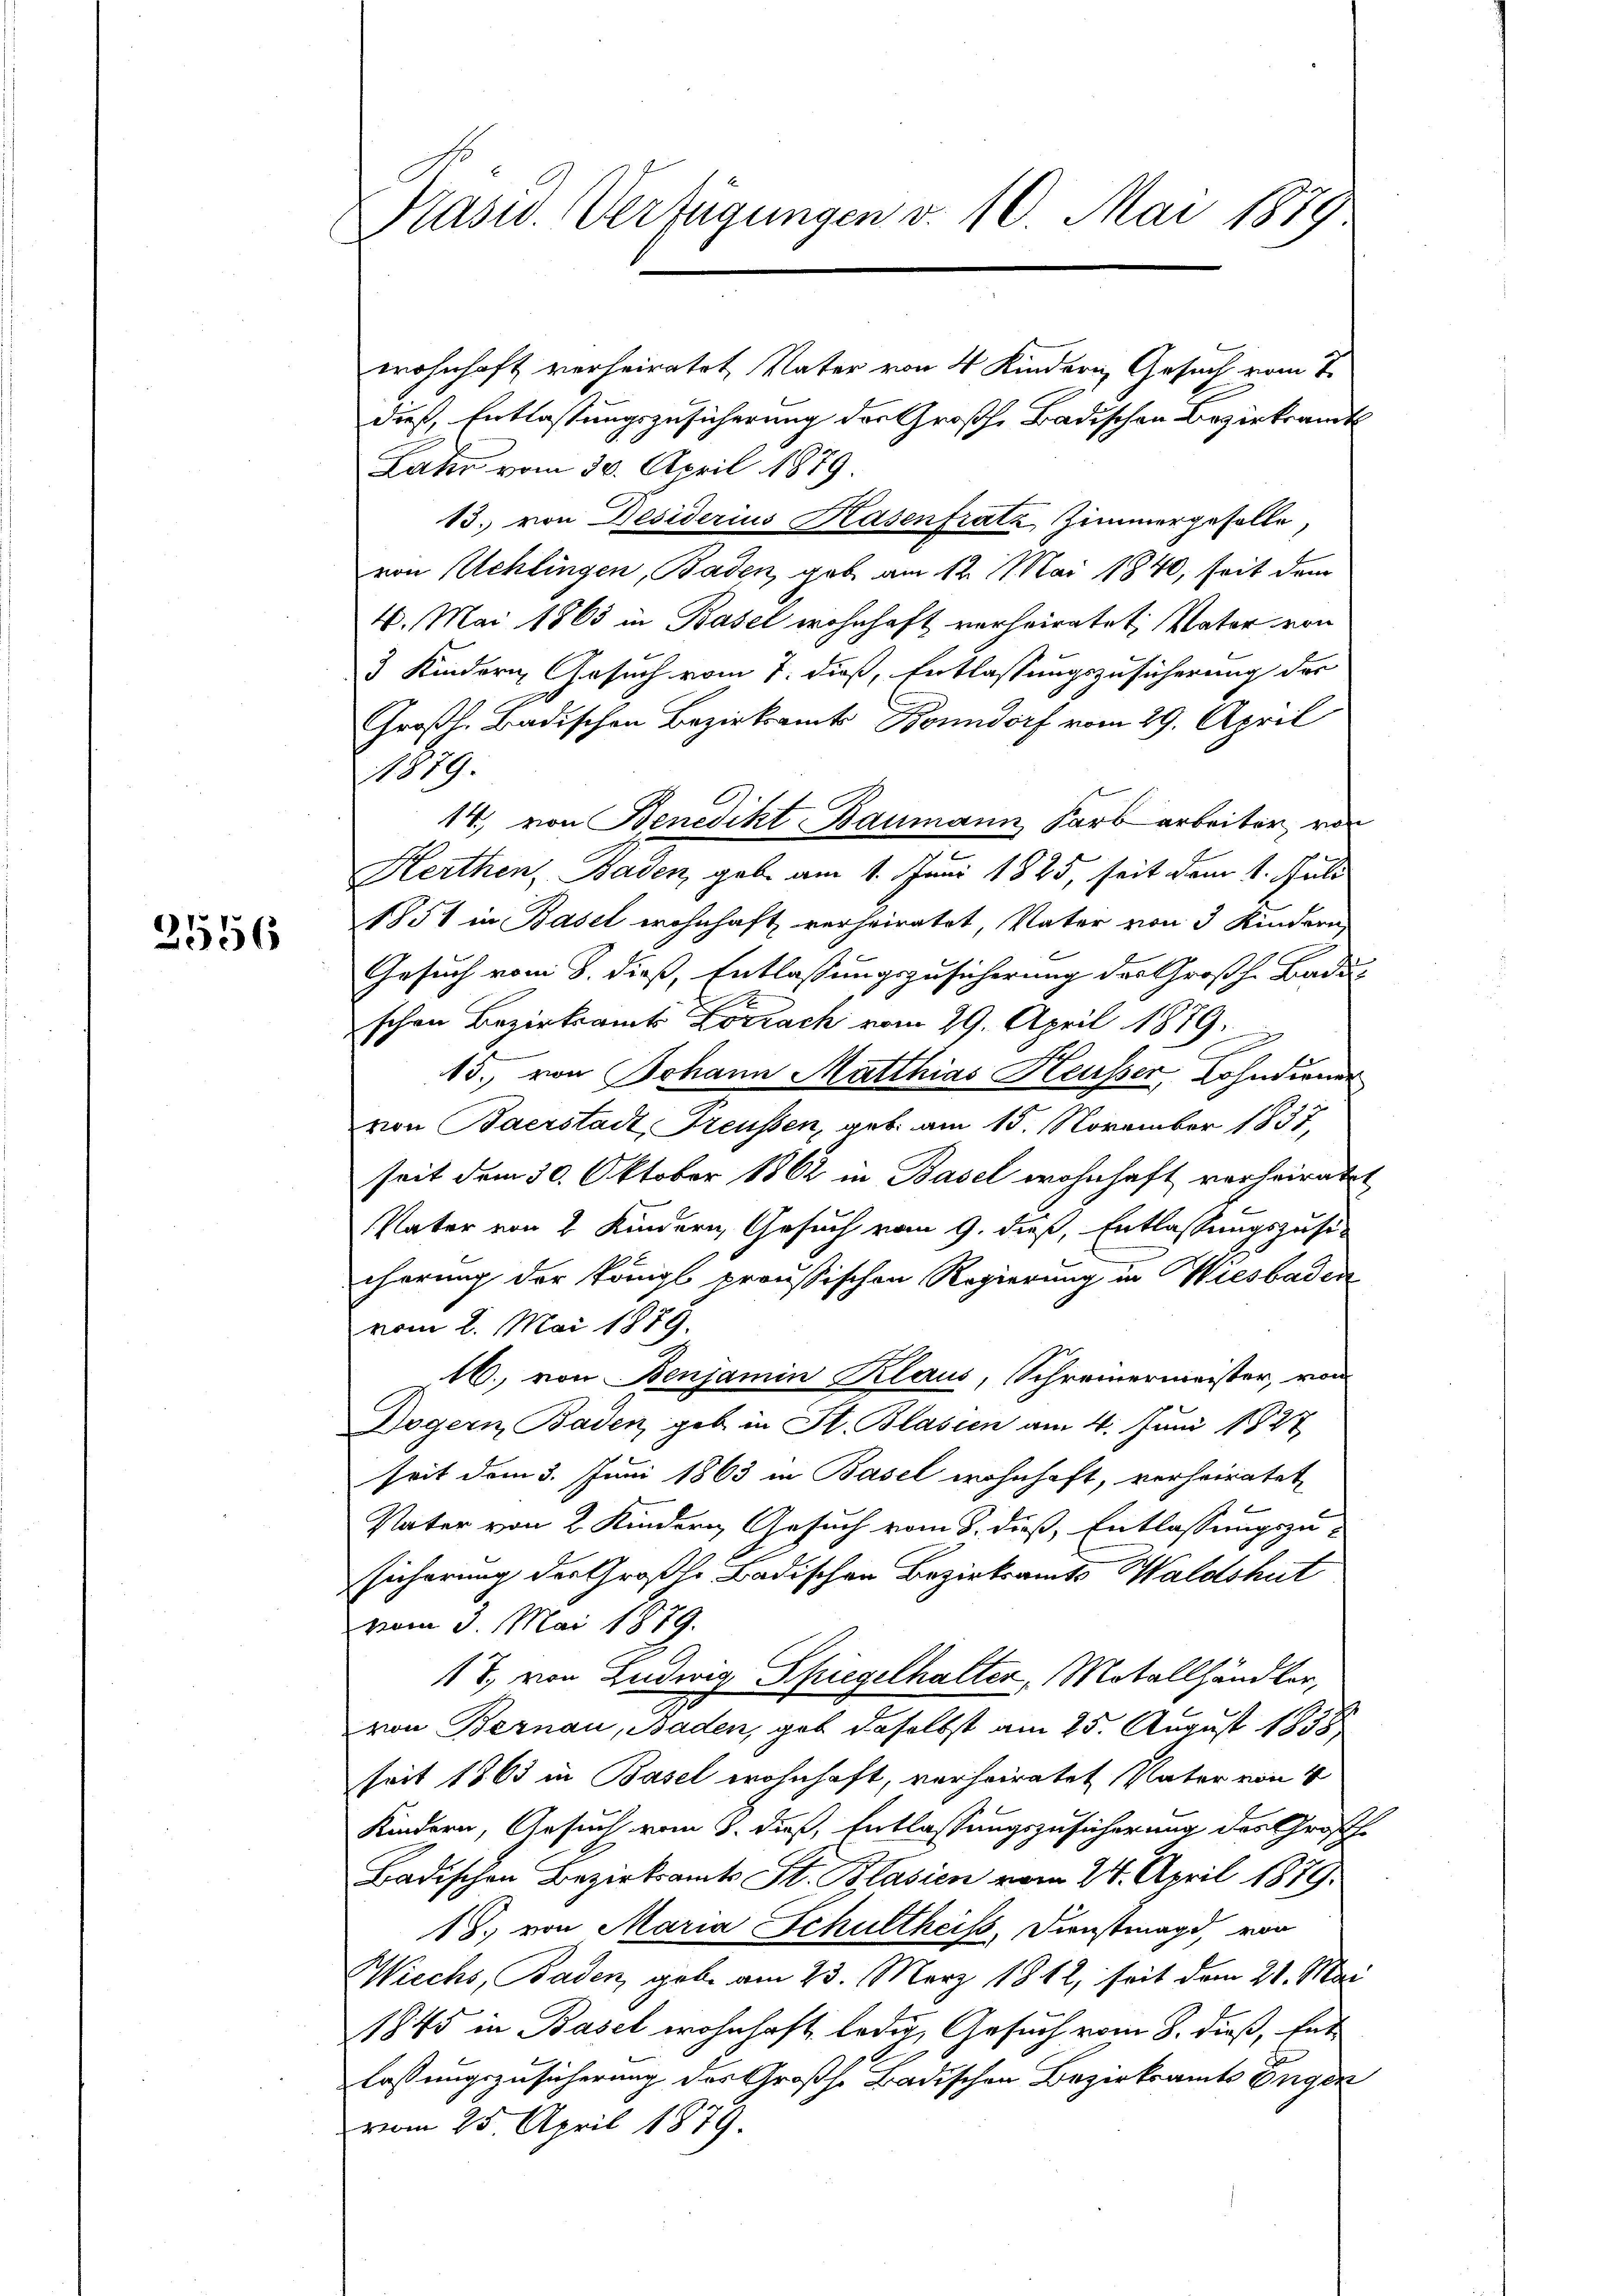
2556

Präsid. Verfügungen v. 10. Mai 1879

wohnhaft verheiratet, Vater von 4 Kindern, Gesuch vom 7.
dieß, Entlassungszusicherung des Großh. Badischen Bezirksamts
Lahr vom 30. April 1879.
13. von Desiderius Rasenfratz, Zimmergeselle,
von Schlingen, Baden, gab am 12. Mai 1840, seit dem
4. Mai 1863 in Basel wohnhaft verheiratet, Vater von
3 Kindern Gesuch vom 7. dieß, Entlassungszusicherung des
Großh. Badischen Bezirksamts Bonndorf vom 29. April
No 9.
14, von Benedikt Baumann Sarb arbeiter, von
Herthen, Baden, gebe am 1. Juni 1825, seit dem 1. Juli
1851 in Basel wohnhaft verheiratet, Vater von 3 Kindern
Gesuch vom 8. dieß, Entlassungszusicherung des Großh. Bade-
schon Bezirksamt Lörrach vom 29. April 1879.
15., von Johann Matthias Heusser Cohndiener
von Baerstadt Freussen, geb. am 15. November 1831,
seit dem 30. Oktober 1862 in Basel wohnhaft verheiratet
Vater von 2 Kindern Gesuch vom 9. dieß, Entlassungszusi-
cherung der Königl proussischen Regierung in Wiesbaden
vom 2. Mai 1879.
16., von Benjamin Klaus, Schreinermeister, von
Dogern Baden, geb. in St. Blasien am 4. Juni 1827
seit dem 3. Juni 1863 in Basel wohnhaft, verheiratet
Vater von 2 Kindern Gesuch vom 8. dieß, Entlassungszu-
sicherung der Großh. Badischen Bezirksamts Waldshut
vom 3. Mai 1879.
17, von Ludwig Spiegelhalter, Motallhändler,
von Bernau, Baden, gab daselbst am 25. August 1838
seit 1863 in Basel wohnhaft, verheiratet Vater von 4
Kindern, Gesuch vom 8. dieß, Entlassungszusicherung des Großhe
Badischen Bezirksamts St. Blasien vom 24. April 1879.
18. von Maria Schultheiss, Dienstmagd, von
Wiechs, Baden, gebe am 23. März 1812, seit dem 21. Mai
1845 in Basel wohnhaft, ledig, Gesuch vom 8. dieß, Ent-
laßungszusicherung des Großh. Badischen Bezirksamts Enger
vom 25. April 1879.